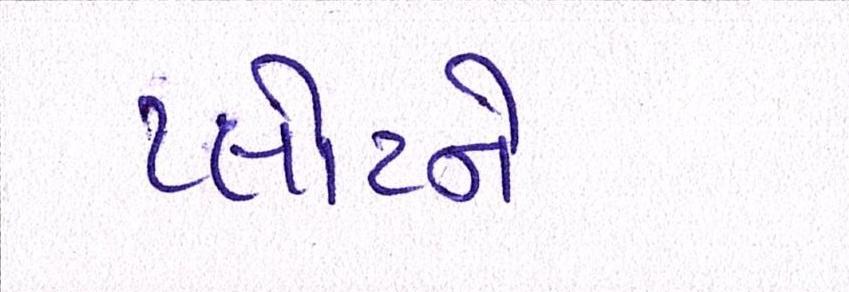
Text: પ્લોટને